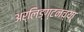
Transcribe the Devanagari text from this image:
अर्लिङ्ग्टनच्या